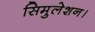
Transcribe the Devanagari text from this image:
सिमुलेशन।